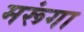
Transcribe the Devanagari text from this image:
मरूंगा